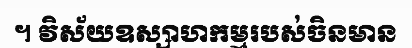
។ វិស័យឧស្សាហកម្មរបស់ចិនមាន